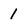
Character: 1